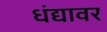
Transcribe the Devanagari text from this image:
धंद्यावर